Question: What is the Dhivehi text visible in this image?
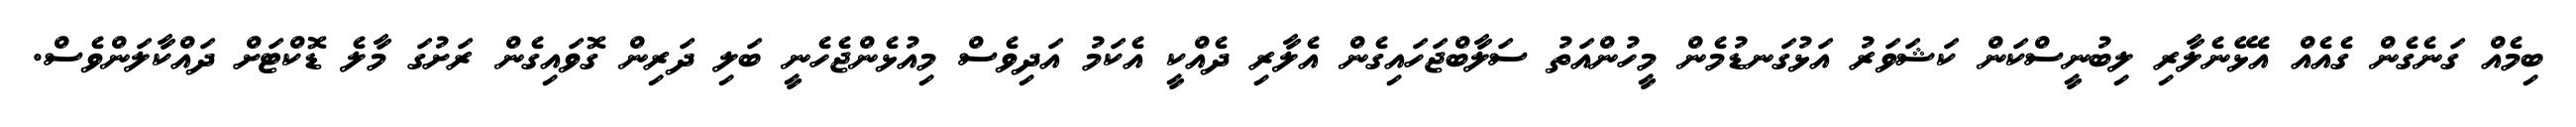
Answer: ބިމެއް ގަނެގެން ގެއެއް އެޅޭނެލާރި ލިބުނީސްކަން ކަޝަވަރު އަޅުގަނޑުމެން މީހުންއަތު ސަލާބްޖަހައިގެން އެލާރި ދެއްކީ އެކަމު އަދިވެސް މިއުޅެންޖެހެނީ ބަލި ދަރިން ގޮވައިގެން ރަށުގަ މާލެ ޑޮކްޓަށް ދައްކާލަންވެސް.